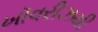
ખૉવરીઝમી